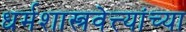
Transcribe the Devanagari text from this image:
धर्मशास्त्रवेत्त्यांच्या